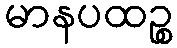
မာနပထဉ္စ